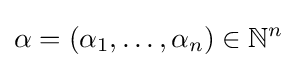
\alpha =(\alpha _{1},\ldots ,\alpha _{n})\in \mathbb {N} ^{n}